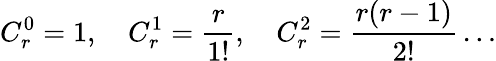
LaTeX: C_{r}^{0}=1,\quad{}C_{r}^{1}=\frac{r}{1!},\quad{}C_{r}^{2}=\frac{r(r-1)}{2!}\dots